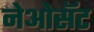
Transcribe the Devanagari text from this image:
नेओसॅट